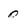
Character: 0